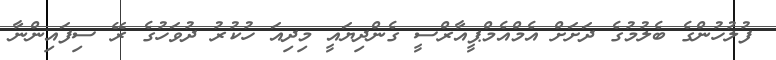
ފުލުހުންގެ ބެލުމުގެ ދަށަށް އެމްއެމްޕީއާރްސީ ގެންދިޔައީ މިދިއަ ހުކުރު ދުވަހުގެ ރޭ ސިފައިންނާ